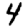
Digit: 4